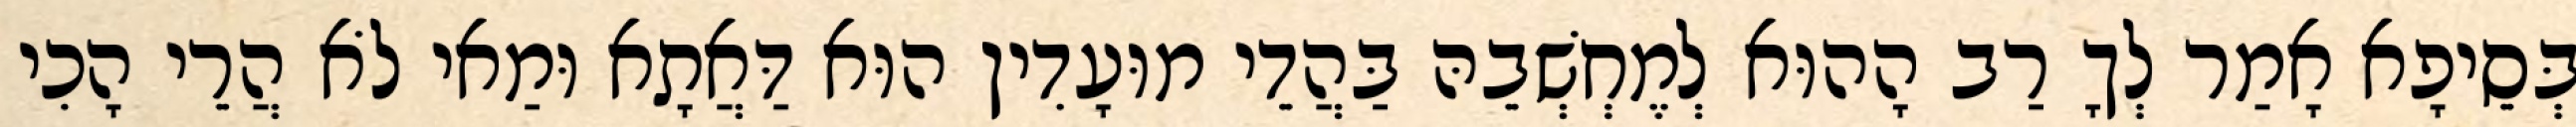
בְּסֵיפָא אָמַר לְךָ רַב הָהוּא לְמֶחְשְׁבֵהּ בַּהֲדֵי מוּעָדִין הוּא דַּאֲתָא וּמַאי לֹא הֲרֵי הָכִי